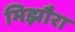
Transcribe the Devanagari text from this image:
मिझौरा